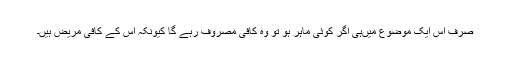
صرف اس ایک موضوع میں‌ہی اگر کوئی ماہر ہو تو وہ کافی مصروف رہے گا کیونکہ اس کے کافی مریض ہیں۔